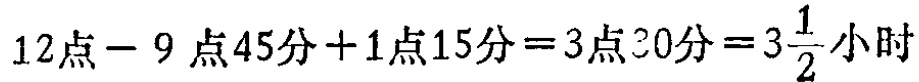
$12点 - 9点45分 + 1点15分 = 3点30分 = 3\frac{1}{2}小时$